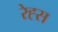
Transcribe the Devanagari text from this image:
रेह्स